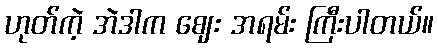
ဟုတ်ကဲ့ အဲဒါက ဈေး အရမ်း ကြီးပါတယ်။